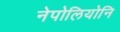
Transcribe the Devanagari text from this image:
नेपोलियोनि